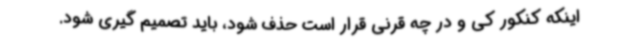
اینکه کنکور کی و در چه قرنی قرار است حذف شود، باید تصمیم گیری شود.